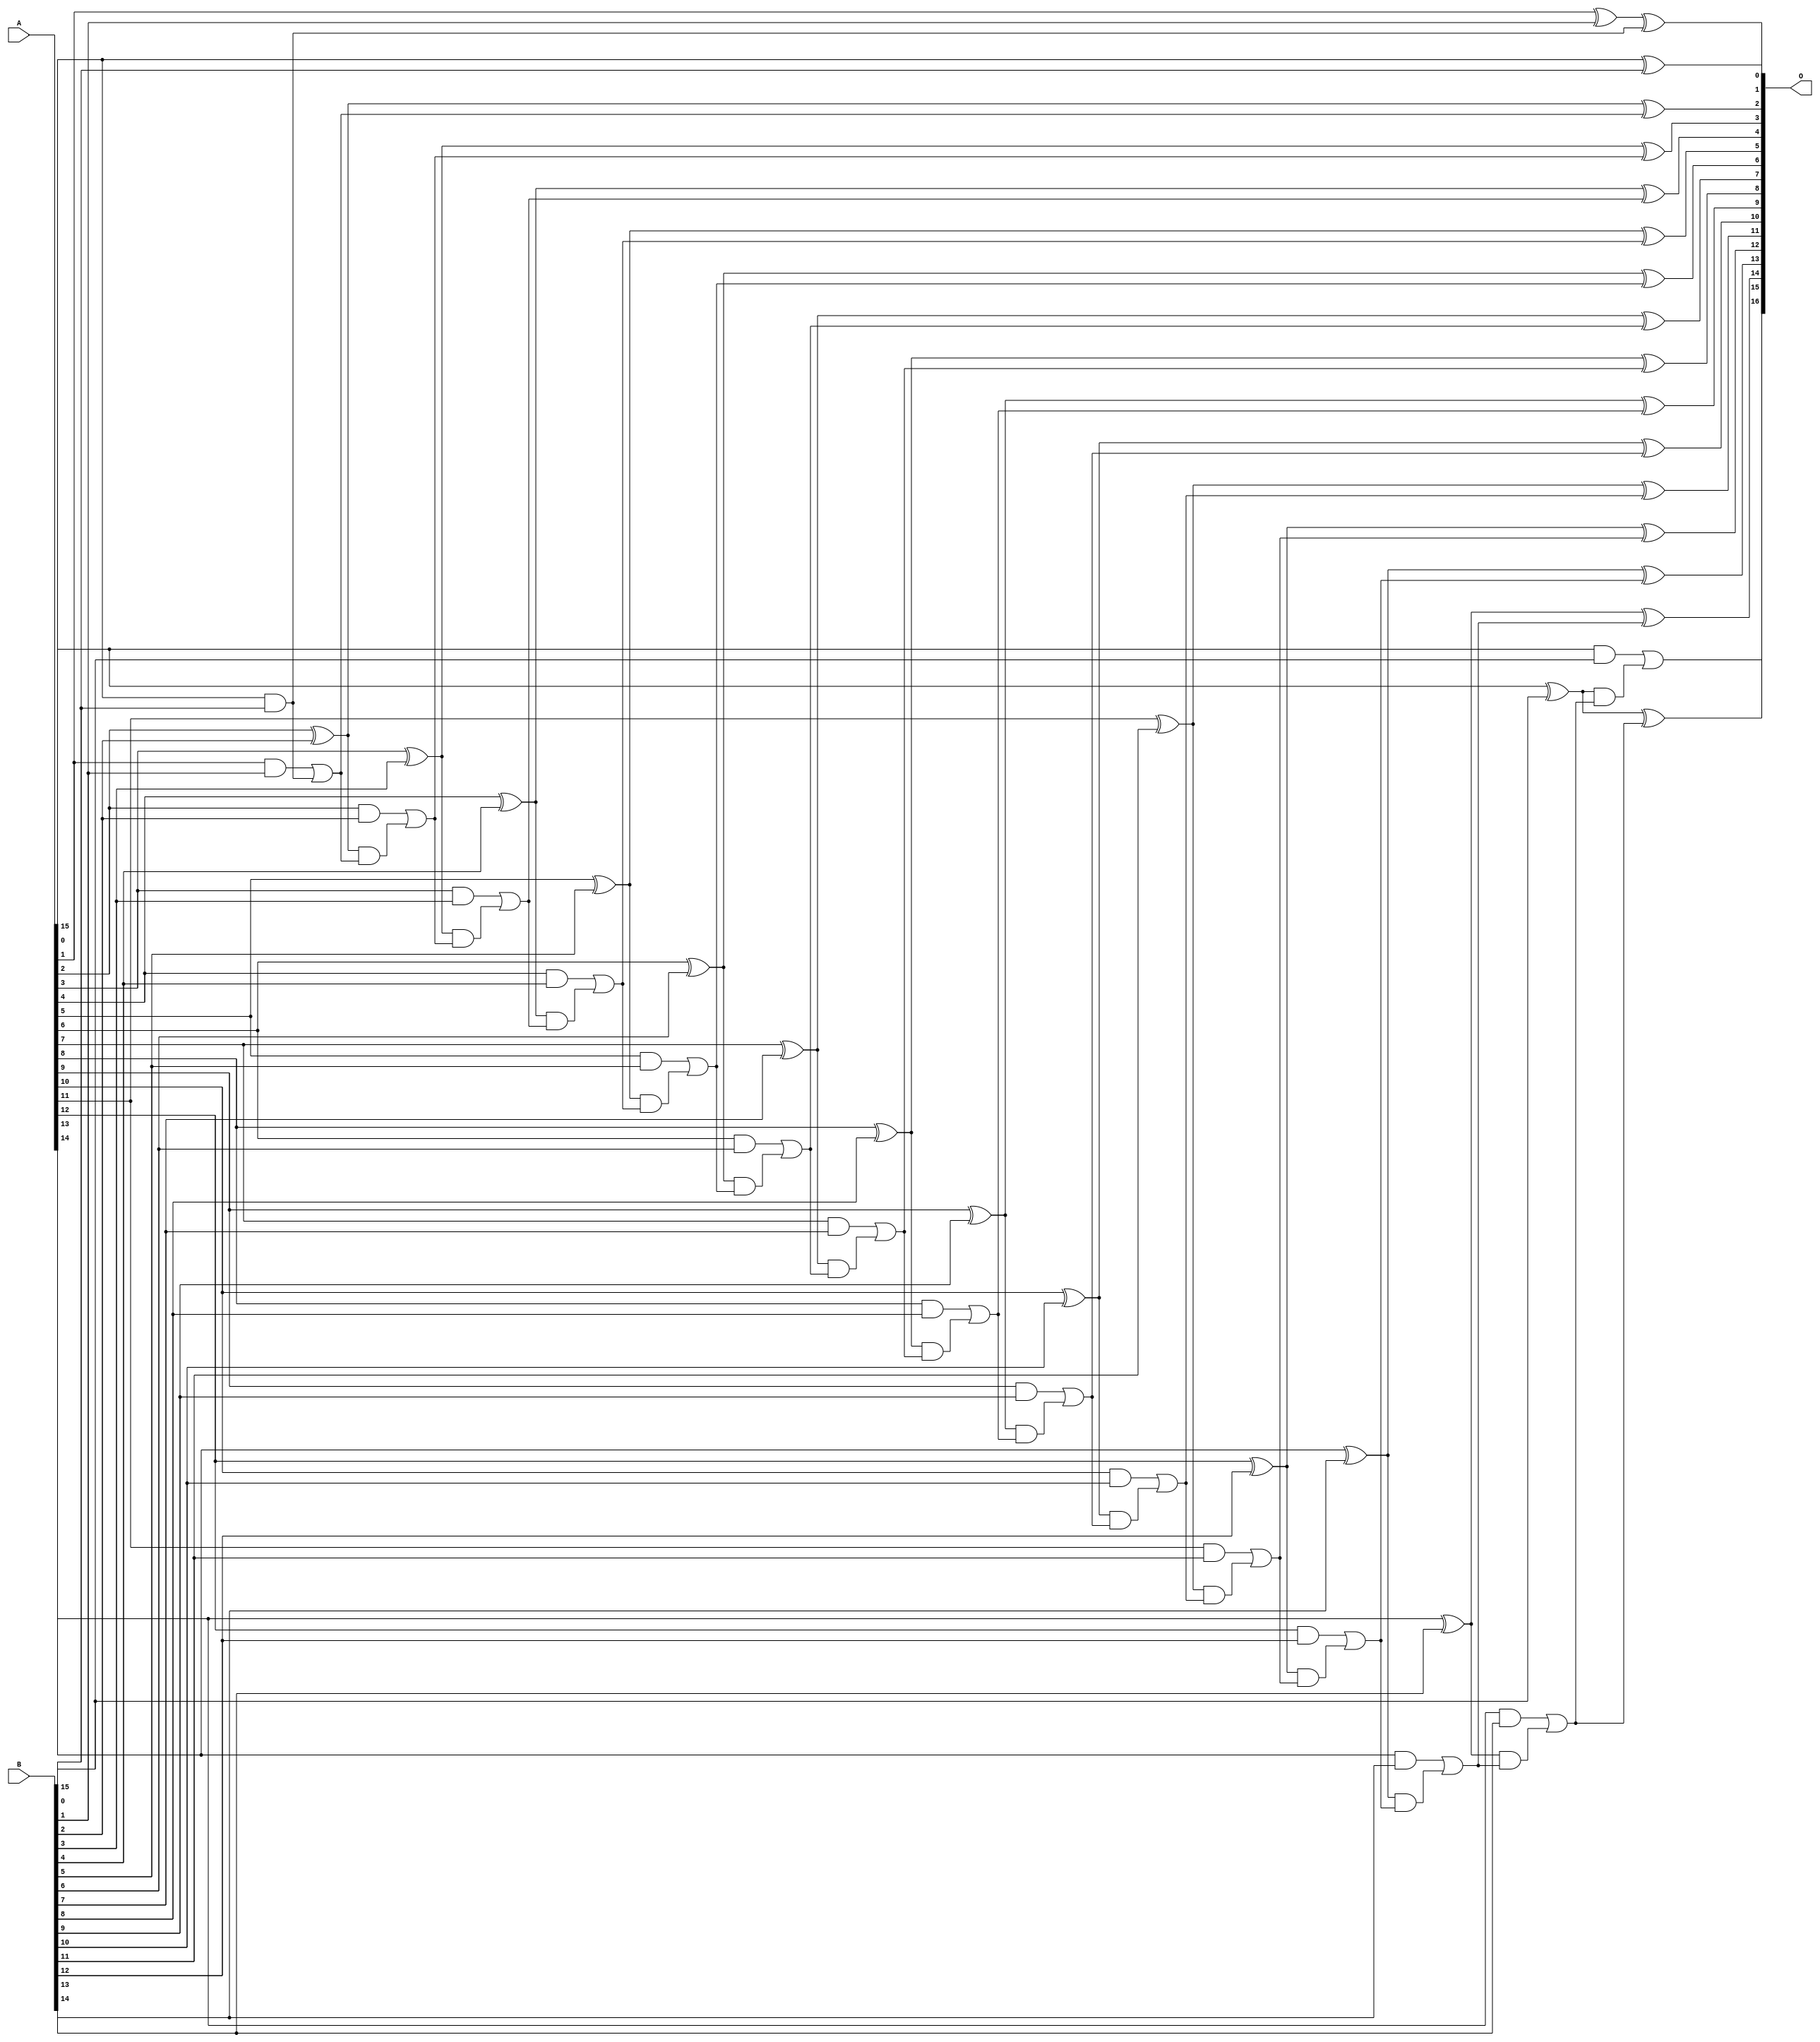
/***
* This code is a part of EvoApproxLib library (ehw.fit.vutbr.cz/approxlib) distributed under The MIT License.
* When used, please cite the following article(s): PRABAKARAN B. S., MRAZEK V., VASICEK Z., SEKANINA L., SHAFIQUE M. ApproxFPGAs: Embracing ASIC-based Approximate Arithmetic Components for FPGA-Based Systems. DAC 2020. 
***/
// MAE% = 0.00015 %
// MAE = 0.2 
// WCE% = 0.0031 %
// WCE = 4.0 
// WCRE% = 200.00 %
// EP% = 6.25 %
// MRE% = 0.00053 %
// MSE = 1.0 
// FPGA_POWER = 0.51
// FPGA_DELAY = 9.9
// FPGA_LUT = 21


module add16u_0AR(A, B, O);
  input [15:0] A, B;
  output [16:0] O;
  wire sig_33, sig_34, sig_35, sig_36, sig_38, sig_39;
  wire sig_40, sig_41, sig_43, sig_44, sig_45, sig_46;
  wire sig_48, sig_49, sig_50, sig_51, sig_53, sig_54;
  wire sig_55, sig_56, sig_58, sig_59, sig_60, sig_61;
  wire sig_63, sig_64, sig_65, sig_66, sig_68, sig_69;
  wire sig_70, sig_71, sig_73, sig_74, sig_75, sig_76;
  wire sig_78, sig_79, sig_80, sig_81, sig_83, sig_84;
  wire sig_85, sig_86, sig_88, sig_89, sig_90, sig_91;
  wire sig_93, sig_94, sig_95, sig_96, sig_98, sig_99;
  wire sig_100, sig_101, sig_103, sig_104, sig_105, sig_106;
  assign O[0] = A[0] ^ B[0];
  assign sig_33 = A[0] & B[0];
  assign sig_34 = A[1] ^ B[1];
  assign sig_35 = A[1] & B[1];
  assign sig_36 = A[0] & B[0];
  assign O[1] = sig_34 ^ sig_33;
  assign sig_38 = sig_35 | sig_36;
  assign sig_39 = A[2] ^ B[2];
  assign sig_40 = A[2] & B[2];
  assign sig_41 = sig_39 & sig_38;
  assign O[2] = sig_39 ^ sig_38;
  assign sig_43 = sig_40 | sig_41;
  assign sig_44 = A[3] ^ B[3];
  assign sig_45 = A[3] & B[3];
  assign sig_46 = sig_44 & sig_43;
  assign O[3] = sig_44 ^ sig_43;
  assign sig_48 = sig_45 | sig_46;
  assign sig_49 = A[4] ^ B[4];
  assign sig_50 = A[4] & B[4];
  assign sig_51 = sig_49 & sig_48;
  assign O[4] = sig_49 ^ sig_48;
  assign sig_53 = sig_50 | sig_51;
  assign sig_54 = A[5] ^ B[5];
  assign sig_55 = A[5] & B[5];
  assign sig_56 = sig_54 & sig_53;
  assign O[5] = sig_54 ^ sig_53;
  assign sig_58 = sig_55 | sig_56;
  assign sig_59 = A[6] ^ B[6];
  assign sig_60 = A[6] & B[6];
  assign sig_61 = sig_59 & sig_58;
  assign O[6] = sig_59 ^ sig_58;
  assign sig_63 = sig_60 | sig_61;
  assign sig_64 = A[7] ^ B[7];
  assign sig_65 = A[7] & B[7];
  assign sig_66 = sig_64 & sig_63;
  assign O[7] = sig_64 ^ sig_63;
  assign sig_68 = sig_65 | sig_66;
  assign sig_69 = A[8] ^ B[8];
  assign sig_70 = A[8] & B[8];
  assign sig_71 = sig_69 & sig_68;
  assign O[8] = sig_69 ^ sig_68;
  assign sig_73 = sig_70 | sig_71;
  assign sig_74 = A[9] ^ B[9];
  assign sig_75 = A[9] & B[9];
  assign sig_76 = sig_74 & sig_73;
  assign O[9] = sig_74 ^ sig_73;
  assign sig_78 = sig_75 | sig_76;
  assign sig_79 = A[10] ^ B[10];
  assign sig_80 = A[10] & B[10];
  assign sig_81 = sig_79 & sig_78;
  assign O[10] = sig_79 ^ sig_78;
  assign sig_83 = sig_80 | sig_81;
  assign sig_84 = A[11] ^ B[11];
  assign sig_85 = A[11] & B[11];
  assign sig_86 = sig_84 & sig_83;
  assign O[11] = sig_84 ^ sig_83;
  assign sig_88 = sig_85 | sig_86;
  assign sig_89 = A[12] ^ B[12];
  assign sig_90 = A[12] & B[12];
  assign sig_91 = sig_89 & sig_88;
  assign O[12] = sig_89 ^ sig_88;
  assign sig_93 = sig_90 | sig_91;
  assign sig_94 = A[13] ^ B[13];
  assign sig_95 = A[13] & B[13];
  assign sig_96 = sig_94 & sig_93;
  assign O[13] = sig_94 ^ sig_93;
  assign sig_98 = sig_95 | sig_96;
  assign sig_99 = A[14] ^ B[14];
  assign sig_100 = A[14] & B[14];
  assign sig_101 = sig_99 & sig_98;
  assign O[14] = sig_99 ^ sig_98;
  assign sig_103 = sig_100 | sig_101;
  assign sig_104 = A[15] ^ B[15];
  assign sig_105 = A[15] & B[15];
  assign sig_106 = sig_104 & sig_103;
  assign O[15] = sig_104 ^ sig_103;
  assign O[16] = sig_105 | sig_106;
endmodule